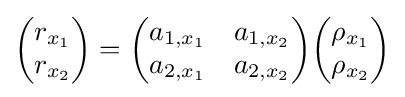
{\begin{pmatrix}r_{x_{1}}\\r_{x_{2}}\end{pmatrix}}={\begin{pmatrix}a_{1,x_{1}}&a_{1,x_{2}}\\a_{2,x_{1}}&a_{2,x_{2}}\end{pmatrix}}{\begin{pmatrix}\rho _{x_{1}}\\\rho _{x_{2}}\end{pmatrix}}